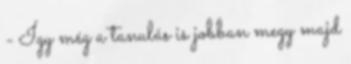
- Így még a tanulás is jobban megy majd